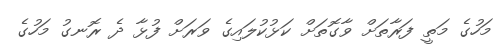
މަހުގެ މަތީ ފަރާތަށް ވާގޮތަށް ކަޅުކުލައިގެ ވަރަށް ފުޅާ ދެ ރޮނގު މަހުގެ